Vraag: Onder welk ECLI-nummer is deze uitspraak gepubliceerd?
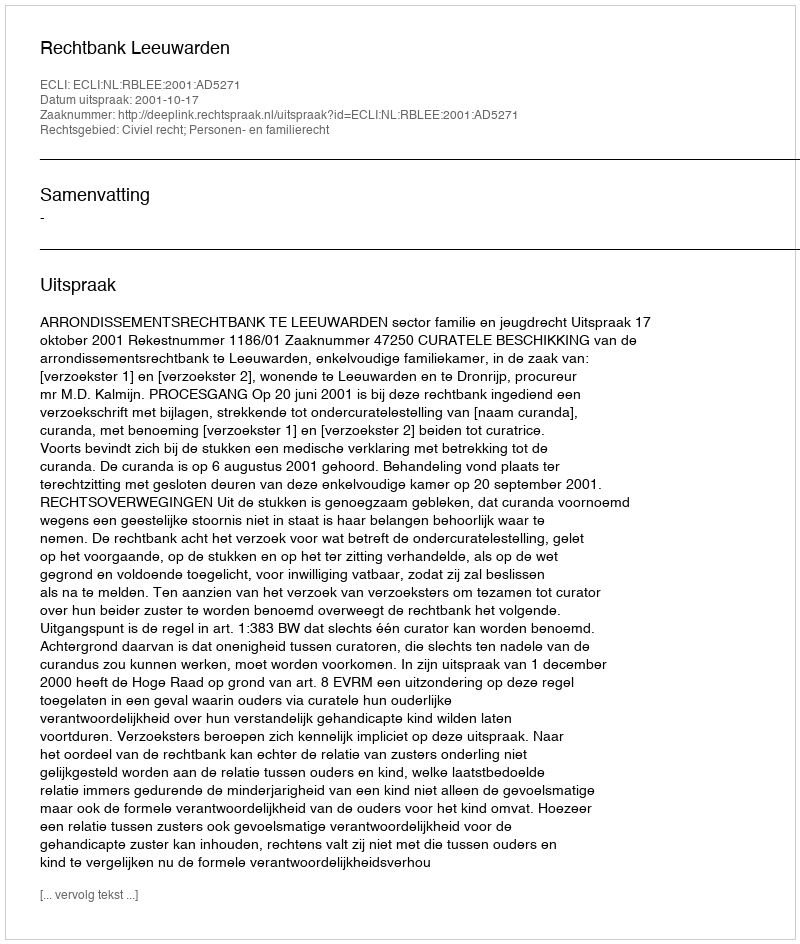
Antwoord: ECLI:NL:RBLEE:2001:AD5271